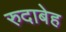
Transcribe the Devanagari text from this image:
रुदाबेह